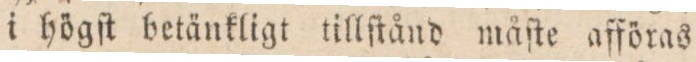
i högſt betänkligt tillſtånd måſte affönas